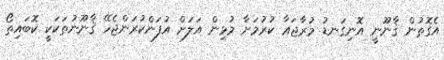
އެގޮތުން ޤާނޫނީ އޮނިގަނޑު މުރާޖަޢާ ކުރުމަށާ މުޅިން އަލަށް އުފަންކުރަންޖެހޭ ޤާނޫނުތަކަކީ ކޮބައިތޯ